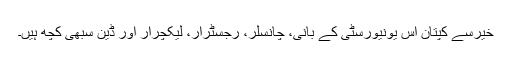
خیرسے کپتان اس یونیورسٹی کے بانی، چانسلر، رجسٹرار، لیکچرار اور ڈین سبھی کچھ ہیں۔